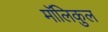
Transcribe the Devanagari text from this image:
मॉलिकुल